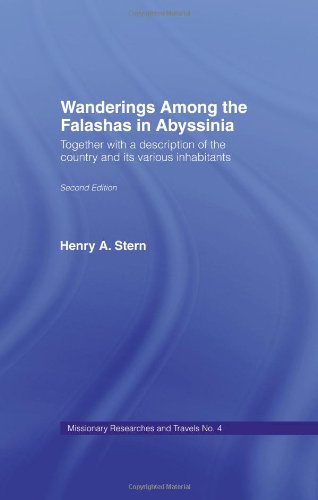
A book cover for Wanderings Among the Falashas in Abyssinia: Together with Descriptions of the Country and its Various Inhabitants (Missionary Researches and Travels); Henry Aaron Stern; History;